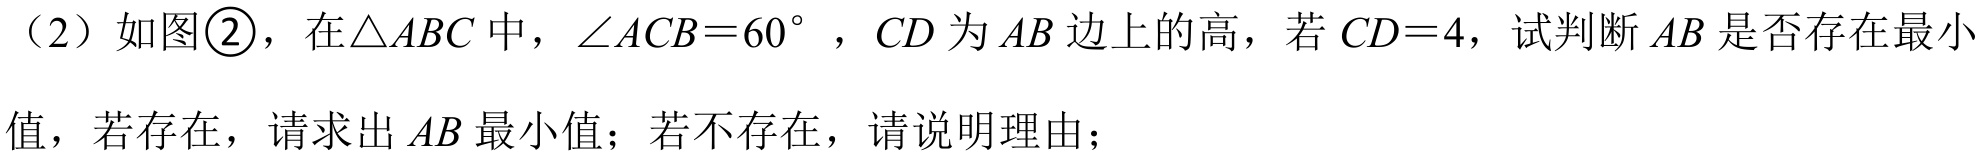
（2）如图\textcircled{2}，在\(\triangle ABC\)中，\(\angle ACB = 60^{\circ}\)，\(CD\)为\(AB\)边上的高，若\(CD = 4\)，试判断\(AB\)是否存在最小
值，若存在，请求出\(AB\)最小值；若不存在，请说明理由；